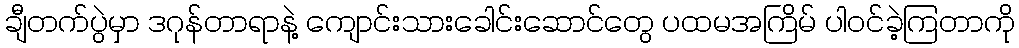
ချီတက်ပွဲမှာ ဒဂုန်တာရာနဲ့ ကျောင်းသားခေါင်းဆောင်တွေ ပထမအကြိမ် ပါဝင်ခဲ့ကြတာကို